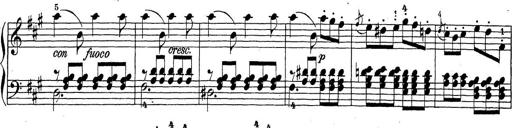
Title: Sonatina Album
Composer: Louis KÃ¶hler